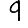
Digit: 9